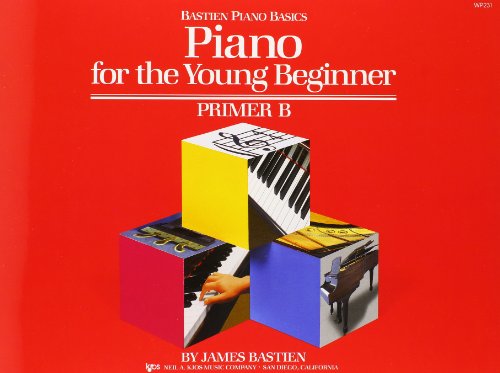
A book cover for Piano for the Young Beginner:  Primer B (Bastien Piano Basics); James Bastien; Humor & Entertainment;